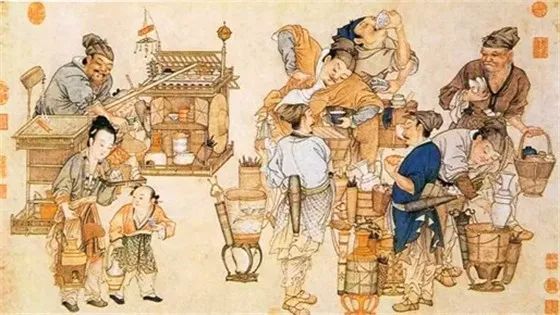
商人重利轻别离，前月浮梁买茶去。